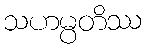
သဟမ္ပတိဿ